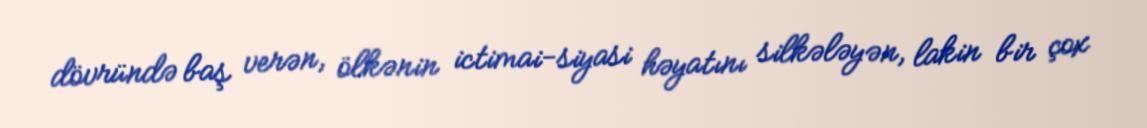
dövründə baş verən, ölkənin ictimai-siyasi həyatını silkələyən, lakin bir çox